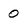
Character: 0